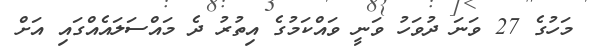
މަހުގެ 27 ވަނަ ދުވަހު ވަނީ ވައްކަމުގެ އިތުރު ދެ މައްސަލައެއްގައި އަށް